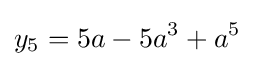
y_{5}=5a-5a^{3}+a^{5}